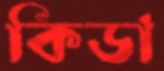
কিডা